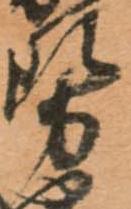
勢